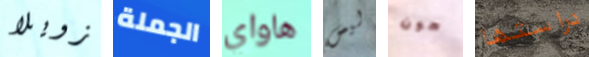
زويلا الجملة هاواي ليس هون دراستها